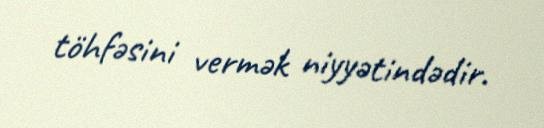
töhfəsini vermək niyyətindədir.